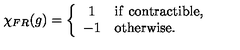
\chi _ { F R } ( g ) = \left\{ \begin{array} { c l } { 1 } & { \mathrm { i f \ } \mathrm { c o n t r a c t i b l e } , } \\ { - 1 } & { \mathrm { o t h e r w i s e } . } \\ \end{array} \right.